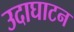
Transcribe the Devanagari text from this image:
उदाघाटन